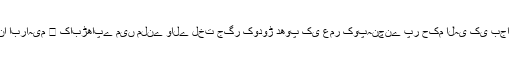
‘‘ قرانی قصوں میں ایک اہم قصہ سیدنا ابراہیم ﷤ کابڑھاپے میں ملنے والے لخت جگر کودوڑ دھوپ کی عمر کوپہنچنے پر حکم الٰہی کی بجا آوری میں ذبح کرنے کا ارادہ کرنا ہے۔